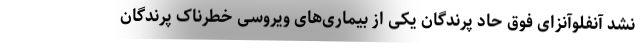
نشد آنفلوآنزای فوق حاد پرندگان یکی از بیماری‌های ویروسی خطرناک پرندگان